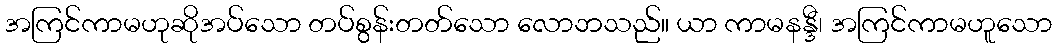
အကြင်ကာမဟုဆိုအပ်သော တပ်စွန်းတတ်သော လောဘသည်။ ယာ ကာမနန္ဒီ၊ အကြင်ကာမဟူသော